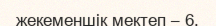
жекеменшік мектеп – 6.